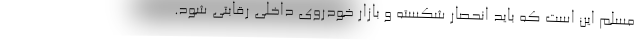
مسلم این است که باید انحصار شکسته و بازار خودروی داخلی رقابتی شود.